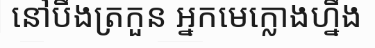
នៅបឹងត្រកួន អ្នកមេក្លោងហ្នឹង